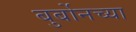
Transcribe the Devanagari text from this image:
बुर्बोनच्या